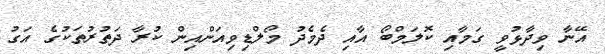
އޭނާ ވިދާޅުވީ ގަމާއި ކޮލަމްބޯ އާއި ދެމެދު މޯލްޑިވިއަންއިން ކުރާ ދަތުރުތަކުގެ އަގު